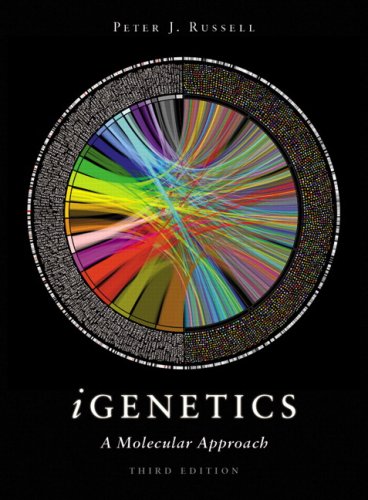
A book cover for iGenetics: A Molecular Approach (3rd Edition); Peter J. Russell; Medical Books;